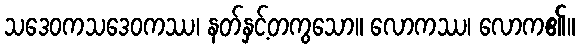
သဒေဝကသဒေဝကဿ၊ နတ်နှင့်တကွသော။ လောကဿ၊ လောက၏။